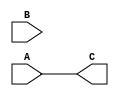
`timescale 1ns / 1ps
//////////////////////////////////////////////////////////////////////////////////
// Company: 
// Engineer: 
// 
// Design Name: 
// Module Name:    SRL 
// Project Name: 
// Target Devices: 
// Tool versions: 
// Description: 
//
// Dependencies: 
//
// Revision: 
// Revision 0.01 - File Created
// Additional Comments: 
//
//////////////////////////////////////////////////////////////////////////////////
module SRL(
input [31:0]A,
input [5:0]B,
output [31:0]C
    );
//uncompleted
assign C=A;

endmodule